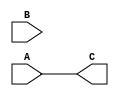
`timescale 1ns / 1ps
//////////////////////////////////////////////////////////////////////////////////
// Company: 
// Engineer: 
// 
// Design Name: 
// Module Name:    SRL 
// Project Name: 
// Target Devices: 
// Tool versions: 
// Description: 
//
// Dependencies: 
//
// Revision: 
// Revision 0.01 - File Created
// Additional Comments: 
//
//////////////////////////////////////////////////////////////////////////////////
module SRL(
input [31:0]A,
input [5:0]B,
output [31:0]C
    );
//uncompleted
assign C=A;

endmodule